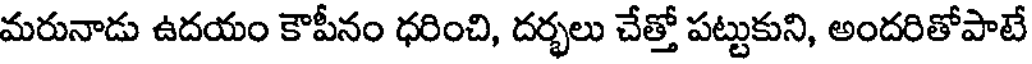
మరునాడు ఉదయం కౌపీనం ధరించి, దర్భలు చేత్తో పట్టుకుని, అందరితోపాటే